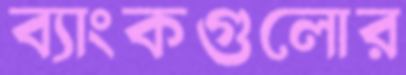
ব্যাংকগুলোর